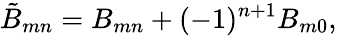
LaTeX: \tilde{B}_{mn}=B_{mn}+(-1)^{n+1}B_{m0},